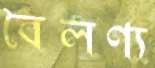
বৈলণ্য